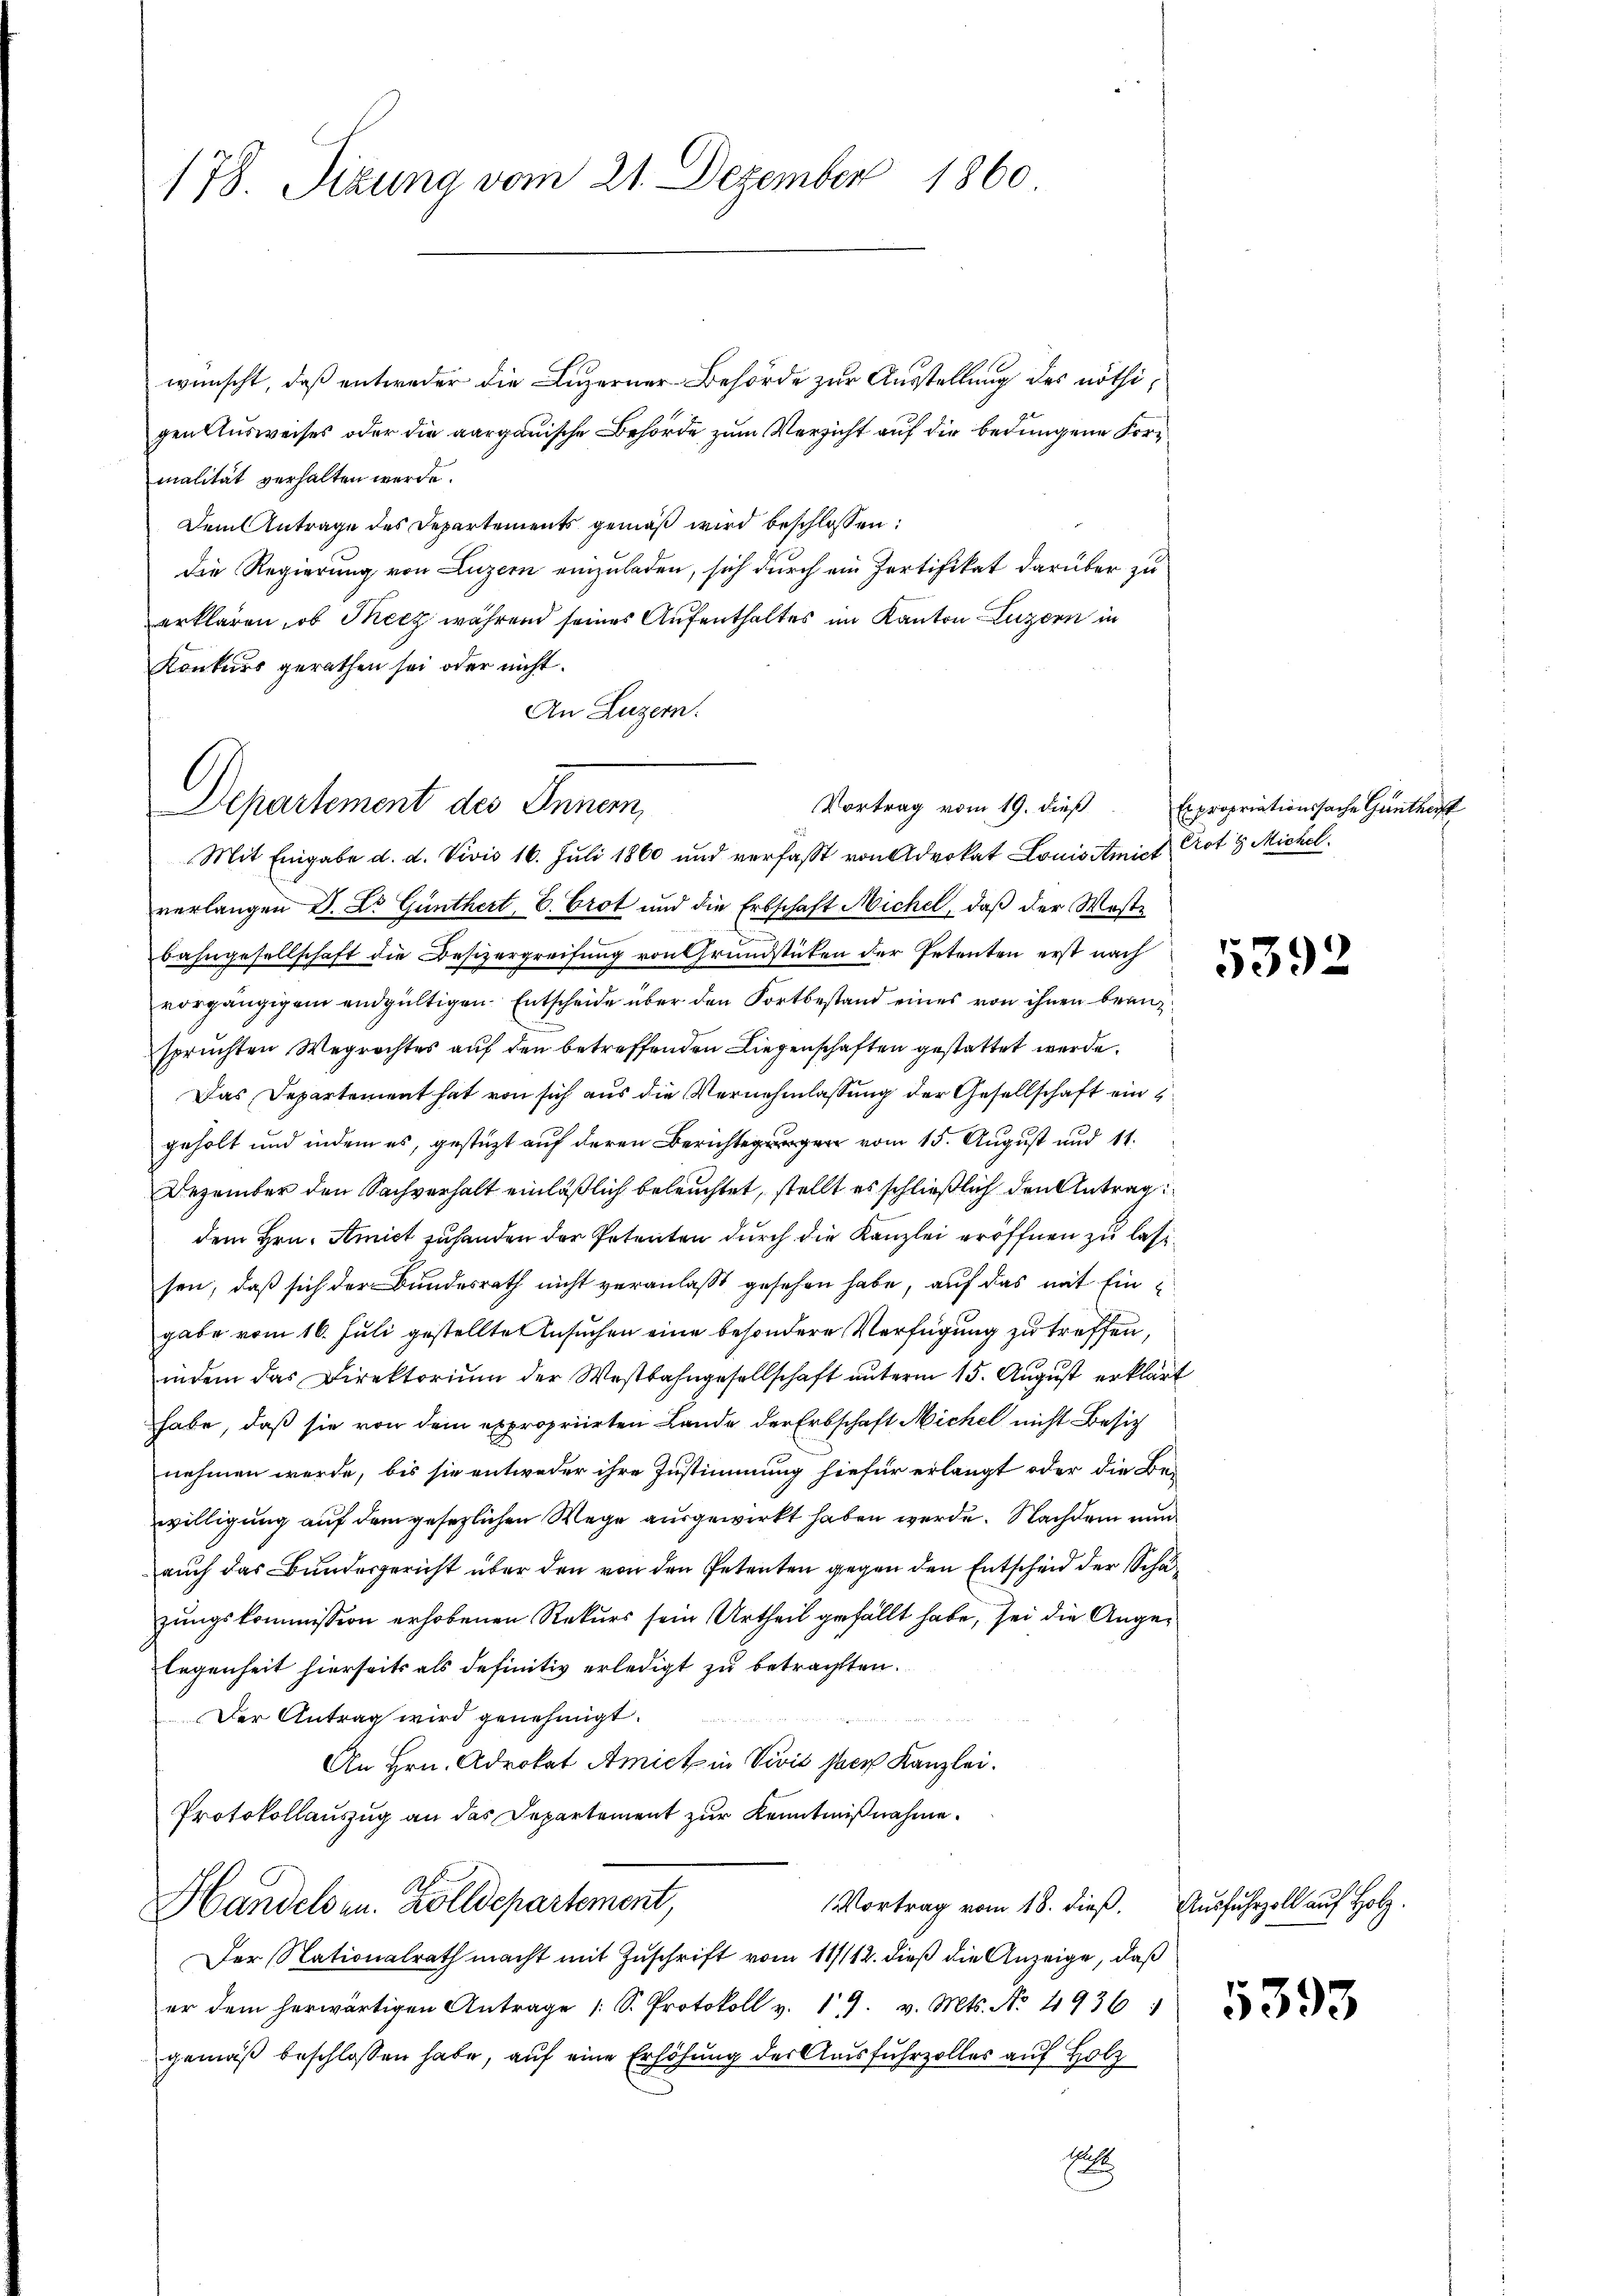
178. Sizung vom 21. Dezember 1860

wünscht, daß entweder die Luzerner Behörde zur Ausstellung des nöthigen Ausweises oder die aargauische Behörde zum Versicht auf die bedungene Formalität verhalten werde.
Dem Antrage des Departements gemäß wird beschlossen:
die Regierung von Luzern einzuladen, sich durch ein Zertifikat darüber zu
erklären, ob Merz während seines Aufenthaltes im Kanton Luzern in
Konkurs gerathen sei oder nicht.
An Luzern:

Vortrag vom 19. dieß
Departement des Innem

Mit Eingabe d. d. Vivis 16. Juli 1860 und verfasst von Advokat Louis Amict Crot 9 Michel.
verlangen D. Dr. Günthert, B. Brot und die Erbschaft Michel, daß der West-
bahngesellschaft die Besizergreifung von Grundstücken der Petenten erst nach
vorgängigem endgültigen Entscheide über den Fortbestand eines von ihnen Franzspruchten Wegrechtes auf den betreffenden Liegenschaften gestattet werde.
Das Departement hat von sich aus die Vernehmlassung der Gesellschaft ein
geholt und indem es, gestüzt auf deren Berichtungen vom 15. August und 11.
Dezember den Sachverhalt einläßlich beleuchtet, stellt es schließlich den Antrag
dem Hrn. Amict zuhanden der Petenten durch die Kanzlei eröffnen zu lassisen, daß sich der Bundesrath nicht veranlaßt gesehen habe, auf das mit Eingabe vom 16. Juli gestellten Ansuchen eine besondere Verfügung zu treffen,
indem das Direktorium der Westbahngesellschaft unterm 15. August erklärt
habe, daß sie von dem expropriirten Lande der Erbschaft Michel nicht Besich
nehmen werde, bis sie entweder ihre Zustimmung hiefür erlangt oder die Bewilligung auf dem gesezlichen Wege ausgewirkt haben werde. Nachdem nun
auch das Bundesgericht über den von den Petenten gegen den Entscheid der Schäzungskommission erhobenen Rekurs sein Urtheil gefällt habe, sei die Angelegenheit hierseits als definitiv erledigt zu betrachten.
Der Antrag wird genehmigt.
An Hrn. Advokat Amict in Vivis ster Kanzlei.
Protokollauszug an das Departement zur Kenntnißnahme.
A.
Vortrag vom 18. dieß. Ausfuhrzoll auf Holz.
Handelsen. Zolldepartement,
Der Nationalrath macht mit Zuschrift vom 11/112. dieß die Anzeige, daß
er dem herwärtigen Antrage 1 S. Protokoll v. 19. v. Mts. No. 4936 12 x
gemäß beschlossen habe, auf eine Erhöhung der Ausfuhrzolles auf Holz
ha

Expropriationssache Güntheit

5392